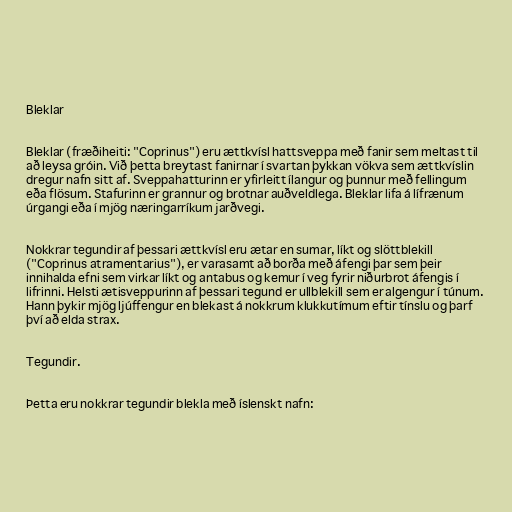
Bleklar

Bleklar (fræðiheiti: "Coprinus") eru ættkvísl hattsveppa með fanir sem meltast til
að leysa gróin. Við þetta breytast fanirnar í svartan þykkan vökva sem ættkvíslin
dregur nafn sitt af. Sveppahatturinn er yfirleitt ílangur og þunnur með fellingum
eða flösum. Stafurinn er grannur og brotnar auðveldlega. Bleklar lifa á lífrænum
úrgangi eða í mjög næringarríkum jarðvegi.

Nokkrar tegundir af þessari ættkvísl eru ætar en sumar, líkt og slöttblekill
("Coprinus atramentarius"), er varasamt að borða með áfengi þar sem þeir
innihalda efni sem virkar líkt og antabus og kemur í veg fyrir niðurbrot áfengis í
lifrinni. Helsti ætisveppurinn af þessari tegund er ullblekill sem er algengur í túnum.
Hann þykir mjög ljúffengur en blekast á nokkrum klukkutímum eftir tínslu og þarf
því að elda strax.

Tegundir.

Þetta eru nokkrar tegundir blekla með íslenskt nafn: